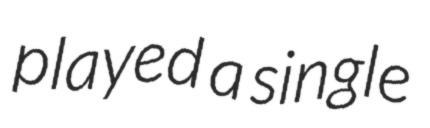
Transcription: played a single